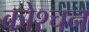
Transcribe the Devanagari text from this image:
कोश्चन